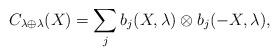
LaTeX: \begin{align*}C_{\lambda\oplus\lambda}(X)=\sum_{j}b_j(X,\lambda)\otimes b_j(-X,\lambda),\end{align*}